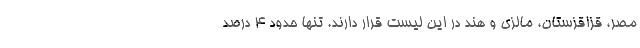
مصر، قزاقزستان، مالزی و هند در این لیست قرار دارند. تنها حدود 4 درصد